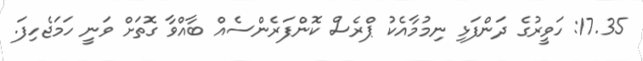
17.35: ހަވީރުގެ ދަންފަޅި ނިމުމާއެކު ޕްރެސް ކޮންފަރެންސެއް ބާއްވާ ގޮތަށް ވަނީ ހަމަޖެހިފަ.